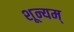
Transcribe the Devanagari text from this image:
शून्यम्